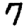
Digit: 7